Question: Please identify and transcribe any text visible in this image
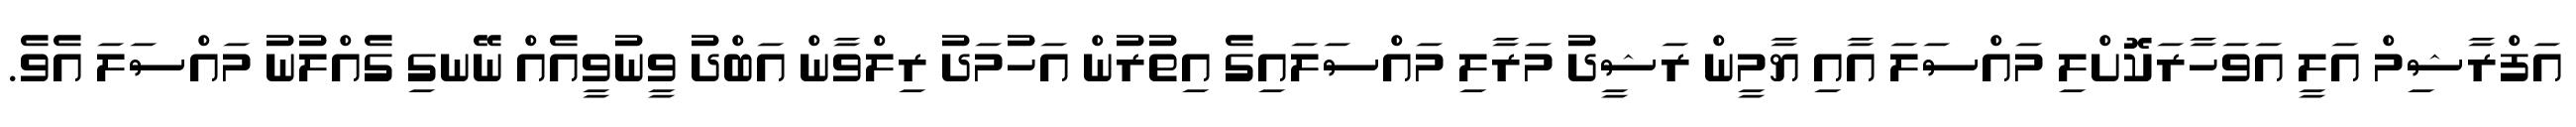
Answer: އަފްރާޝިމް އަލީ އަވަހާރަކޮށްލި މައްސަލަ އާއި ޔާމީން ރަޝީދު މަރާލި މައްސަލައިގެ އިތުރުން އަހުމަދު ރިލްވާން އަބްދު ވީނުވީއެއް ނޭނގި ގެއްލުނު މައްސަލަ އެވެ.